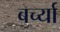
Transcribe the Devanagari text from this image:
बर्च्या